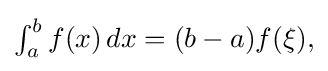
{\textstyle \int _{a}^{b}f(x)\,dx=(b-a)f(\xi ),}